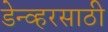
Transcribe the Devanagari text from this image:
डेन्व्हरसाठी